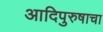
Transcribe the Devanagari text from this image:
आदिपुरुषाचा